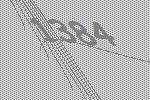
1384